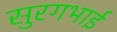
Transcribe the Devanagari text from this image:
सुरगभाई